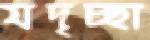
যদৃচ্ছা